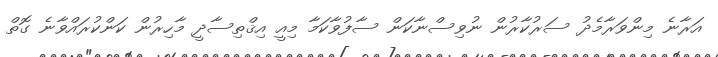
އަރާނެ މިންވަރާމެދު ސަރުކާރުން ނުވިސްނާކަން ސާފުވާކަމާ މިއީ އިޤްތިސާދީ މާހިރުން ކަންކުރައްވާނެ ގޮތް